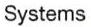
Systems